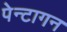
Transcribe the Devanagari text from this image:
पेन्टागन